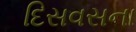
દિસવસના